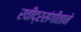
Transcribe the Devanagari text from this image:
रवींद्रसंगीताने